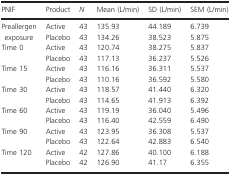
| PNIF | Product | N | Mean (L/min) | SD (L/min) | SEM (L/min) |
 | --- | --- | --- | --- | --- | --- |
 | <ROWSPAN=2> Preallergen exposure | Active | 43 | 135.93 | 44.189 | 6.739 |
 | Placebo | 43 | 134.26 | 38.523 | 5.875 |
 | <ROWSPAN=2> Time 0 | Active | 43 | 120.74 | 38.275 | 5.837 |
 | Placebo | 43 | 117.13 | 36.237 | 5.526 |
 | <ROWSPAN=2> Time 15 | Active | 43 | 116.16 | 36.311 | 5.537 |
 | Placebo | 43 | 110.16 | 36.592 | 5.580 |
 | <ROWSPAN=2> Time 30 | Active | 43 | 118.57 | 41.440 | 6.320 |
 | Placebo | 43 | 114.65 | 41.913 | 6.392 |
 | <ROWSPAN=2> Time 60 | Active | 43 | 119.19 | 36.040 | 5.496 |
 | Placebo | 43 | 116.40 | 42.559 | 6.490 |
 | <ROWSPAN=2> Time 90 | Active | 43 | 123.95 | 36.308 | 5.537 |
 | Placebo | 43 | 122.64 | 42.883 | 6.540 |
 | <ROWSPAN=2> Time 120 | Active | 42 | 127.86 | 40.100 | 6.188 |
 | Placebo | 42 | 126.90 | 41.17 | 6.355 |